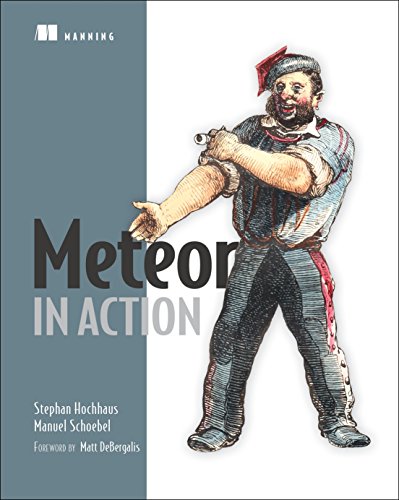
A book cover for Meteor in Action; Stephan Hochhaus; Computers & Technology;